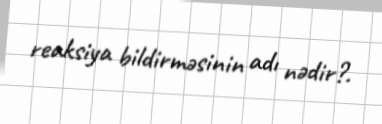
reaksiya bildirməsinin adı nədir?.